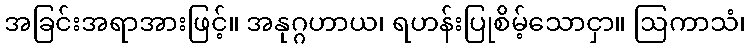
အခြင်းအရာအားဖြင့်။ အနုဂ္ဂဟာယ၊ ရဟန်းပြုစိမ့်သောငှာ။ ဩကာသံ၊